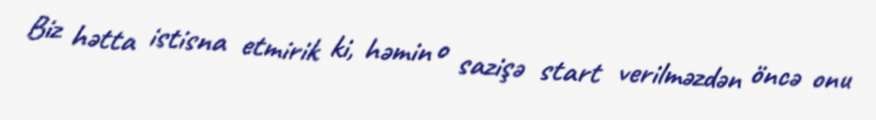
Biz hətta istisna etmirik ki, həmin o sazişə start verilməzdən öncə onu